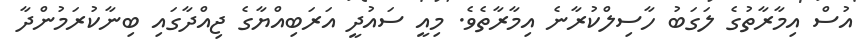
އުސް އިމާރާތުގެ ލަގަބު ހާސިލްކުރާނެ އިމާރާތެވެ. މިއީ ސައުދީ އަރަބިއްޔާގެ ޖިއްދާގައި ބިނާކުރަމުންދާ